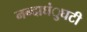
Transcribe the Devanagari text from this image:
नन्दाघंुघटी